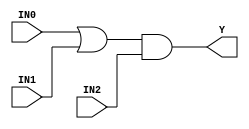
//------------------------------------------------------
// Copyright 1992, 1993 Cascade Design Automation Corporation.
//------------------------------------------------------
module oa21(IN0,IN1,IN2,Y);
  parameter N = 8;
  parameter DPFLAG = 0;
  parameter GROUP = "std";
  parameter
        d_IN0 = 0,
        d_IN1 = 0,
        d_IN2 = 0,
        d_Y = 1;
  input [(N - 1):0] IN0;
  input [(N - 1):0] IN1;
  input [(N - 1):0] IN2;
  output [(N - 1):0] Y;
  wire [(N - 1):0] IN0_temp;
  wire [(N - 1):0] IN1_temp;
  wire [(N - 1):0] IN2_temp;
  reg [(N - 1):0] Y_temp;
  assign #(d_IN0) IN0_temp = IN0;
  assign #(d_IN1) IN1_temp = IN1;
  assign #(d_IN2) IN2_temp = IN2;
  assign #(d_Y) Y = Y_temp;
  initial
    begin
    if((DPFLAG == 1))
      $display("(WARNING) The instance %m of type oa21 can't be implemented as a data-path cell");
    end
  always
    @(IN0_temp or IN1_temp or IN2_temp)
      begin
      Y_temp = ((IN0_temp | IN1_temp) & IN2_temp);
      end
endmodule